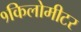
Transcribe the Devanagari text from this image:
१किलोमीटर